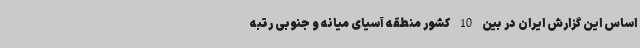
اساس این گزارش ایران در بین 10 کشور منطقه آسیای میانه و جنوبی رتبه